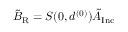
\tilde { B } _ { \mathrm { R } } = S ( 0 , d ^ { ( 0 ) } ) \tilde { A } _ { \mathrm { I n c } }